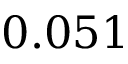
0 . 0 5 1